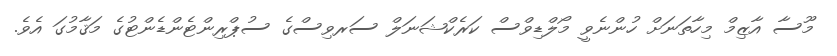
މޫސާ އާޒިމް މިހާތަނަށް ހުންނެވީ މޯލްޑިވްސް ކަރެކްޝަނަލް ސަރވިސްގެ ސުޕްރިންޓެންޑެންޓުގެ މަޤާމުގަ އެވެ.